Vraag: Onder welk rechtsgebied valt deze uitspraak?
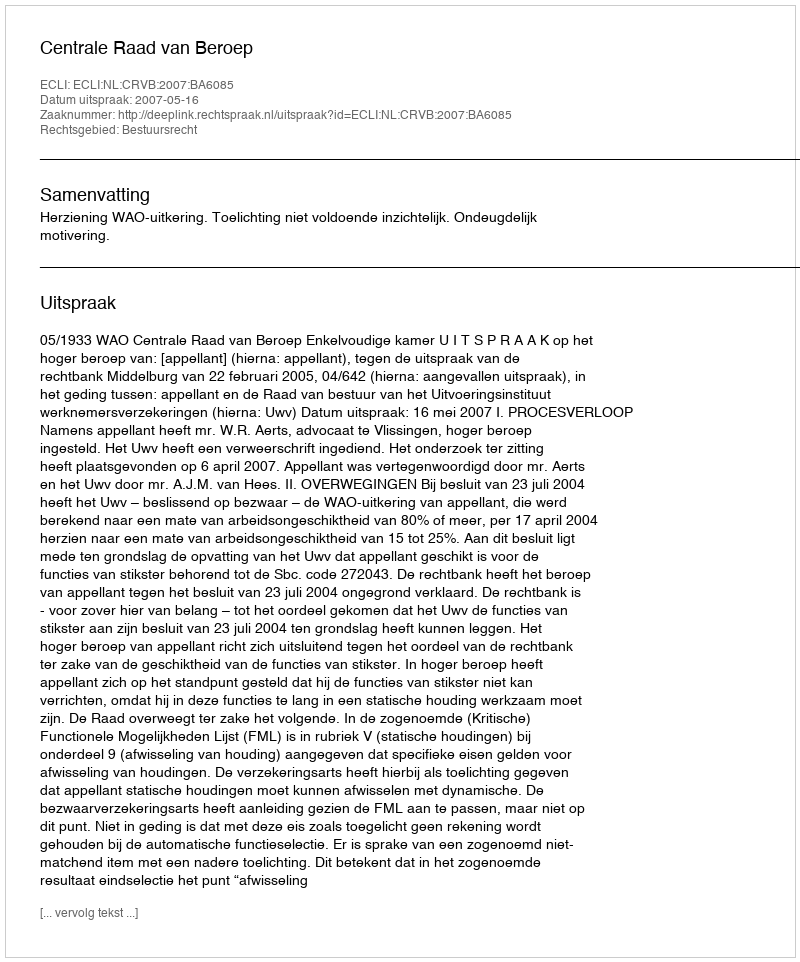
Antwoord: Bestuursrecht